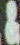
&